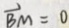
\overrightarrow { B M } = 0